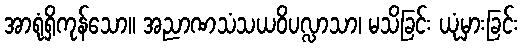
အာရုံရှိကုန်သော။ အညာဏသံသယဝိပလ္လာသာ၊ မသိခြင်း ယုံမှားခြင်း